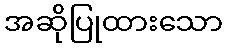
အဆိုပြုထားသော